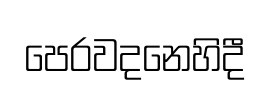
පෙරවදනෙහිදී